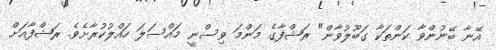
އޭނާ ބޭނުންވާ ކަންތަކާ ގަބޫލުވާން" ރަޝްފާގެ މަންމަ ވިސްނީ މައްސަލަ ހައްލުކުރާށެވެ. ރަޝްފާއަށް